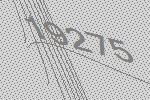
19275